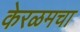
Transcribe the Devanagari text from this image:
केरळमचा